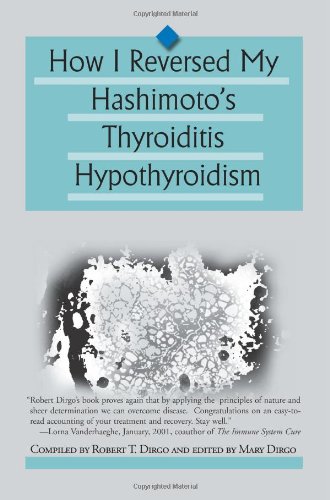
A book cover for How I Reversed My Hashimoto's Thyroiditis Hypothyroidism; Robert T. Dirgo; Health, Fitness & Dieting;